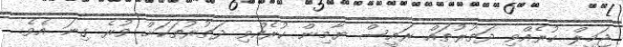
ޖަމީލް ކުރެެއްވި ދަތުރުތައް ރައީސް ޔާމިން ކުރެއްވި ދަތުރުތަކަށް ވުރެ ގިނަ އެވެ.